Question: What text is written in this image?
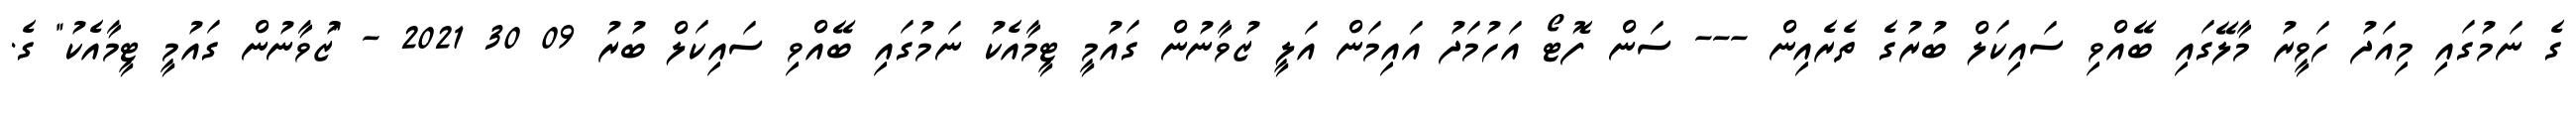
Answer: ގެ ނަމުގައި މިއަދު ހަވީރު މާލޭގައި ބޭއްވި ސައިކަލް ބުރުގެ ތެރެއިން --- ސަން ފޮޓޯ އަހުމަދު އައިމަން އަލީ ޒުވާނުން ގައުމީ ޓީމާއެކު ނަމުގައި ބޭއްވި ސައިކަލް ބުރު 09 30 2021 - "ޒުވާނުން ގައުމީ ޓީމާއެކު" ގެ.